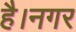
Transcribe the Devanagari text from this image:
है।नगर